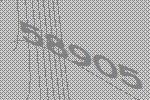
58905